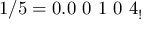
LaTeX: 1 / 5 = 0 . 0 \ 0 \ 1 \ 0 \ 4 _ { ! }